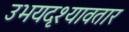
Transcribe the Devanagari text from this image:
उभयदृश्यावतार